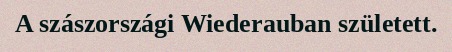
A szászországi Wiederauban született.